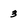
Character: 3